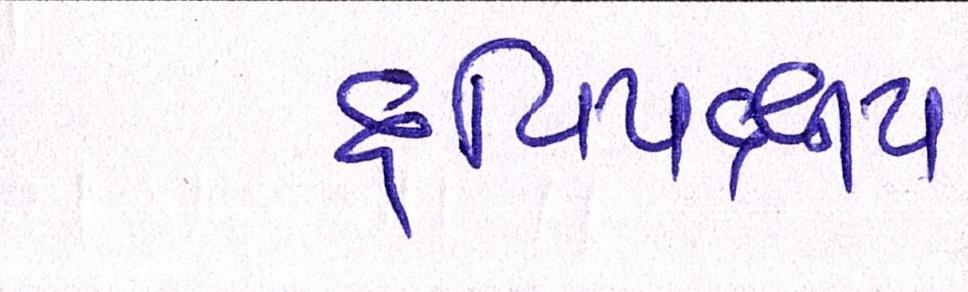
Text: દ્વિપક્ષીય